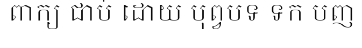
ពាក្យ ជាប់ ដោយ បុព្វបទ ទក បញ